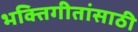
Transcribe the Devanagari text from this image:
भक्तिगीतांसाठी